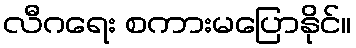
လီဂရေး စကားမပြောနိုင်။